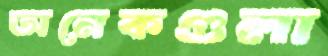
অনেকগুলা